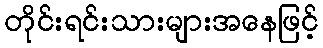
တိုင်းရင်းသားများအနေဖြင့်